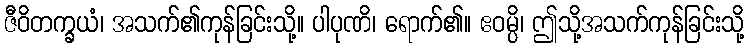
ဇီဝိတက္ခယံ၊ အသက်၏ကုန်ခြင်းသို့။ ပါပုဏိ၊ ရောက်၏။ ဧဝမ္ပိ၊ ဤသို့အသက်ကုန်ခြင်းသို့